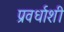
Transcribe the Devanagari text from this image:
प्रवर्धाशी